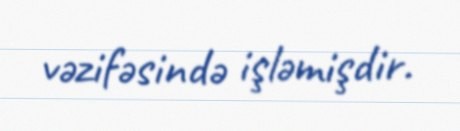
vəzifəsində işləmişdir.